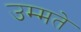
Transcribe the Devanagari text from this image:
उम्मते